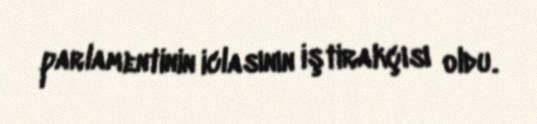
parlamentinin iclasının iştirakçısı oldu.